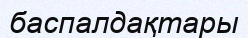
баспалдақтары